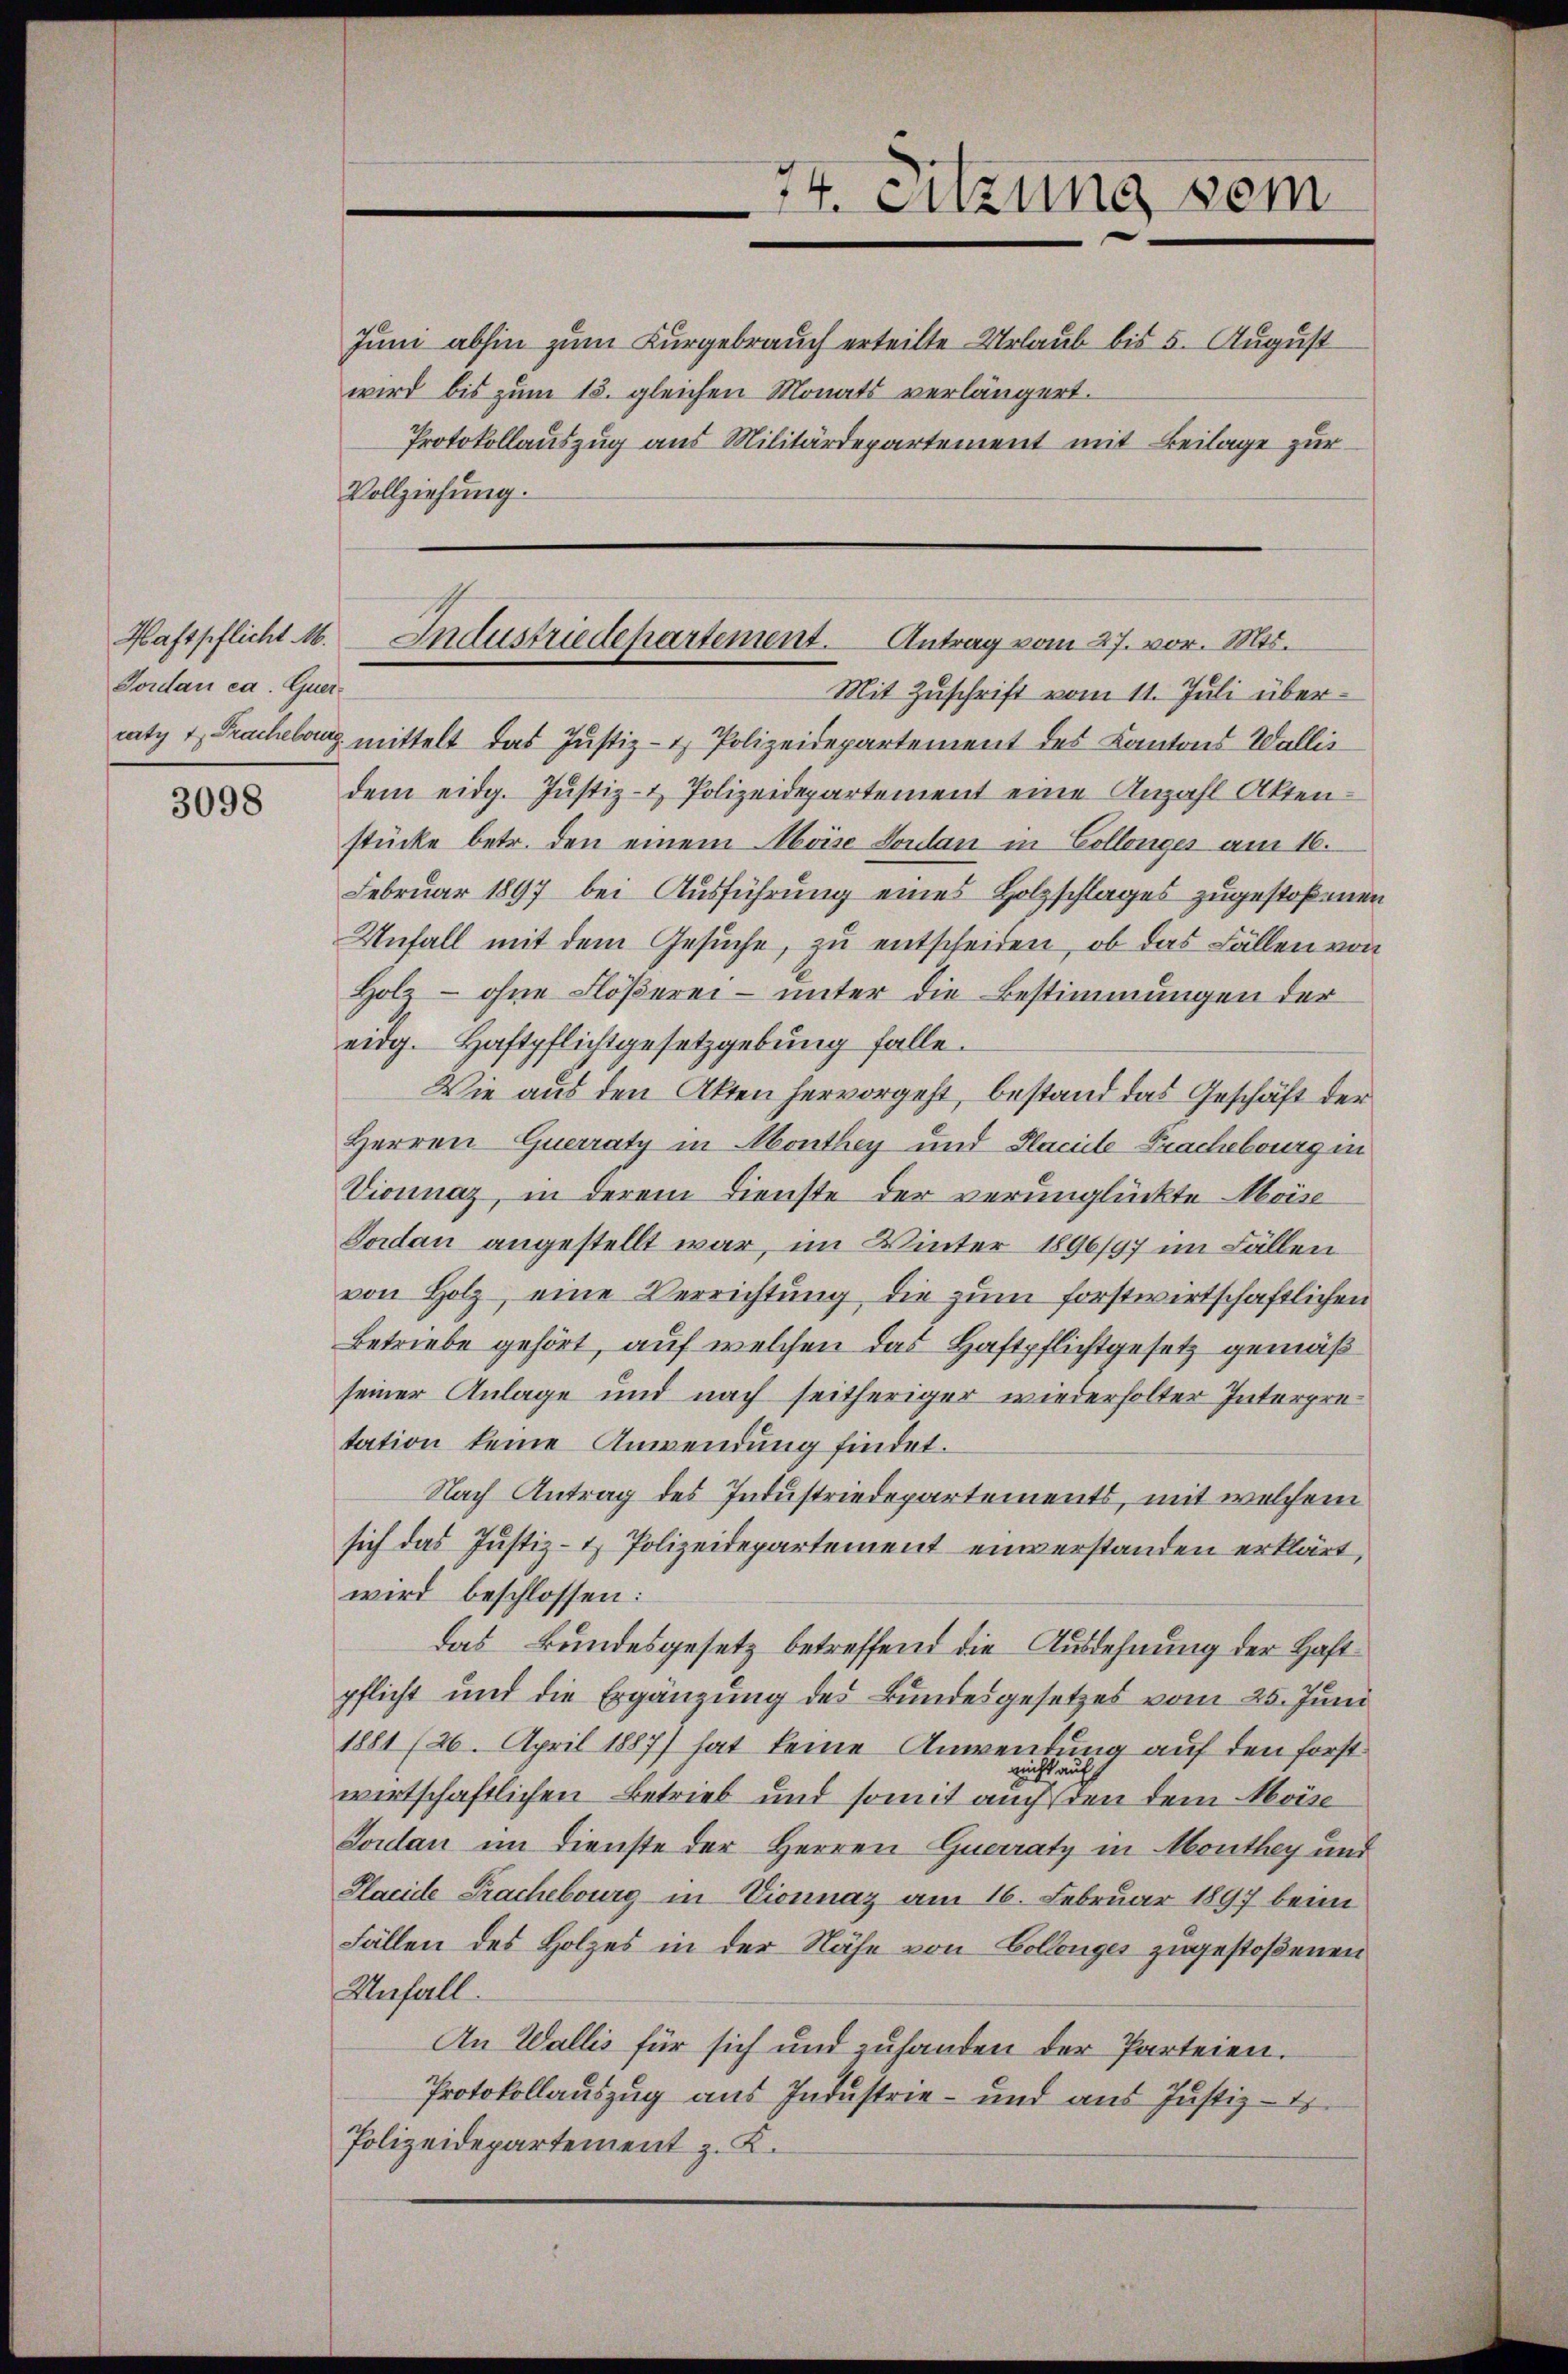
Tordan ca. Quer¬
3098

wird bis zŭm 15. gleichen Monats verlängert.
Vollziehung.

Mit Zuschrift vom 11. Juli übercaty u. Frachelburg mittelt das Justiz- & Polizeidepartement des Kantons Wallis
dem eidg. Jŭstiz- & Polizeidepartement eine Anzahl Akten-
stücke betr. den einem Moise Soulan in Collenger am 16.
Februar 1897 bei Ausführung eines Holzschlages zugestoßenen
Unfall mit dem Gesŭche, zu entscheiden, ob das Fällen von
Holz - ohne Flößerei – unter die Bestimmungen der
eidg. Haftpflichtgesetzgebung falle.
Wie aus den Akten hervorgeht, bestand das Geschäft der
Herren Querraty in Monthey und Placite Frachebourg in
Vionnaz, in derem Dienste der verunglückte Moise
Sodan angestellt war, im Winter 1896/97 im Fällen
von Holz eine Verrichtung die zum forstwirtschaftlichen
Betriebe gehört, auf welchen das Haftpflichtgesetz gemäß
seiner Anlage und nach seitheriger wiederholter Interpretation keine Anwendung findet.
Nach Antrag des Industriedepartements, mit welchem
sich das Justiz- & Polizeidepartement einverstanden erklärt,
wird beschlossen:
das Bundesgesetz betreffend die Ausdehnung der Haftpflicht und die Ergänzung des Bundesgesetzes vom 25. Juni
1881 (20. April 1887) hat keine Anwendung auf den forst
nicht auf
wirtschaftlichen Betrieb und somit auch den dem Moise
Loulan im Dienste der Herren Guerraty in Monthey und
Placide Prachebourg in Dionnaz am 16. Februar 1897 beim
Fällen des Holzes in der Nähe von Collenges zugestoßenen
Unfall.
An Wallis für sich und zuhanden der Parteien.
Protokollauszug aus Industrie- und aus Justiz-
Polizeidepartement z. K.

Kaftpflicht M. Industriedepartement. Antrag vom 27. vor. Mts.

74. Sitzung vom
Juni abhin zum Kurgebrauch erteilte Urlaub bis 5. August
Protokollauszug aus Militärdepartement mit Beilage zur